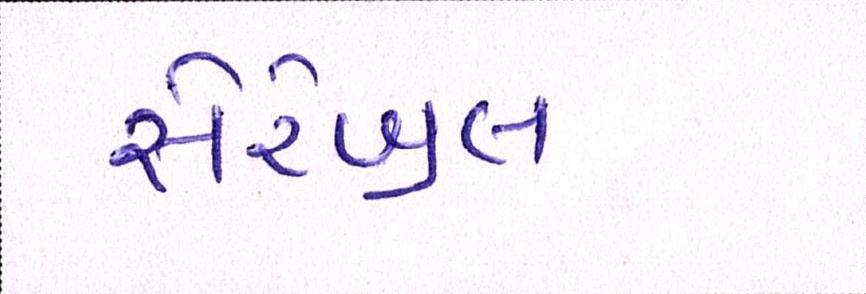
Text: સેરેબ્રલ